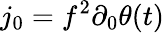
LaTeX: j_{0}=f^{2}\partial_{0}\theta(t)